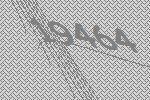
19464